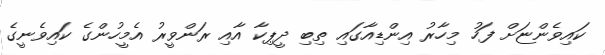
ކައިވެންޏަށް ފަހު މިހާރު އިންޑިއާގައި ތިބި ދީޕިކާ އާއި ރަންވީރު އެމީހުންގެ ކައިވެނީގެ